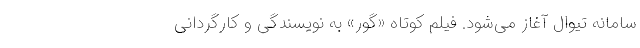
سامانه تیوال آغاز می‌شود. فیلم کوتاه «گور» به نویسندگی و کارگردانی